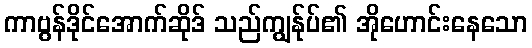
ကာဗွန်ဒိုင်အောက်ဆိုဒ် သည်ကျွန်ုပ်၏ အိုဟောင်းနေသော